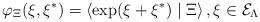
LaTeX: \begin{align*}\varphi _\Xi (\xi ,\xi ^{*})=\left\langle \exp (\xi +\xi ^{*})\mid \Xi\right\rangle ,\xi \in {\cal E}_\Lambda \end{align*}